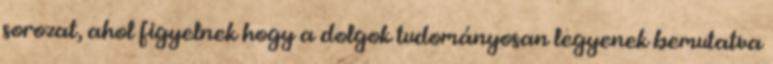
sorozat, ahol figyelnek hogy a dolgok tudományosan legyenek bemutatva